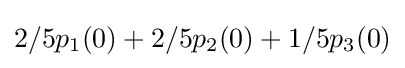
2/5p_{1}(0)+2/5p_{2}(0)+1/5p_{3}(0)